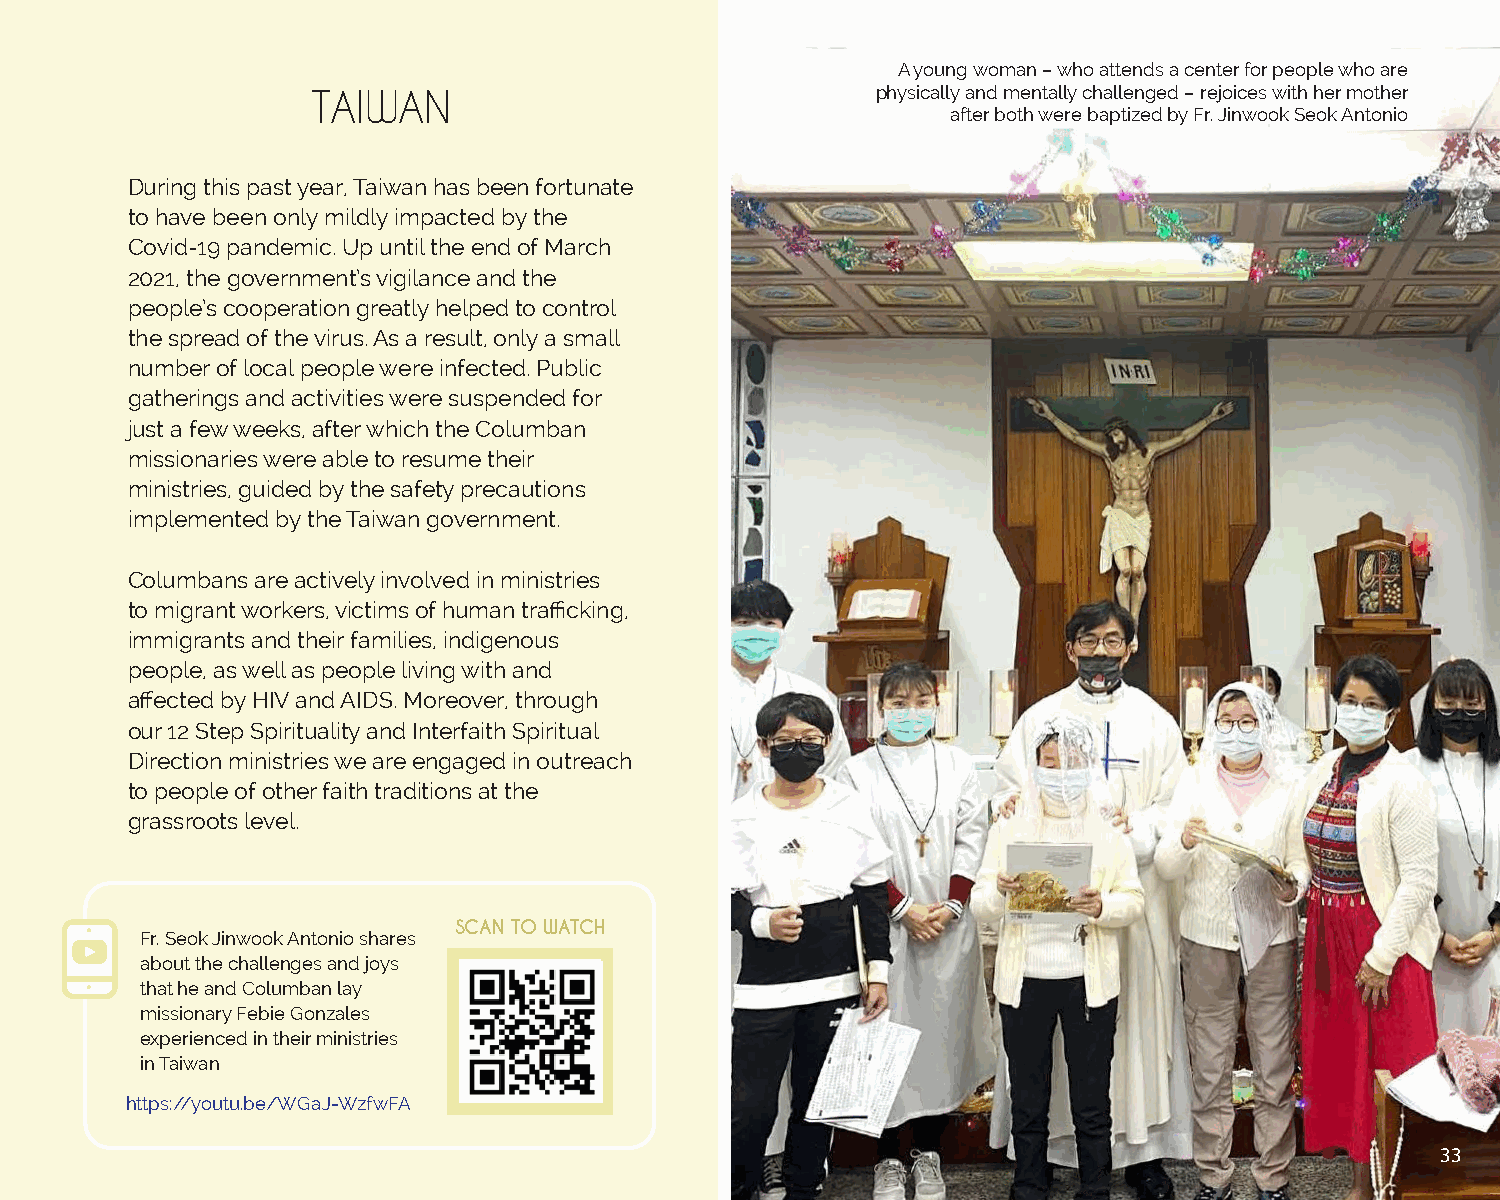
A young woman – who attends a center for people who are
 TAIWAN                               physically and mentally challenged – rejoices with her mother
 after both were baptized by Fr. Jinwook Seok Antonio
 During this past year, Taiwan has been fortunate
 to have been only mildly impacted by the
 Covid-19 pandemic. Up until the end of March
 2021, the government’s vigilance and the
 people’s cooperation greatly helped to control
 the spread of the virus. As a result, only a small
 number of local people were infected. Public
 gatherings and activities were suspended for
 just a few weeks, after which the Columban
 missionaries were able to resume their
 ministries, guided by the safety precautions
 implemented by the Taiwan government.
 Columbans are actively involved in ministries
 to migrant workers, victims of human trafficking,
 immigrants and their families, indigenous
 people, as well as people living with and
 affected by HIV and AIDS. Moreover, through
 our 12 Step Spirituality and Interfaith Spiritual
 Direction ministries we are engaged in outreach
 to people of other faith traditions at the
 grassroots level.
 SCAN TO WATCH
 Fr. Seok Jinwook Antonio shares
 about the challenges and joys
 that he and Columban lay
 missionary Febie Gonzales
 experienced in their ministries
 in Taiwan
 https://youtu.be/WGaJ-WzfwFA
 33